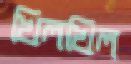
খিলখিল